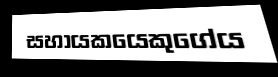
සහායකයෙකුගේය